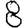
Digit: 8